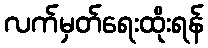
လက်မှတ်ရေးထိုးရန်